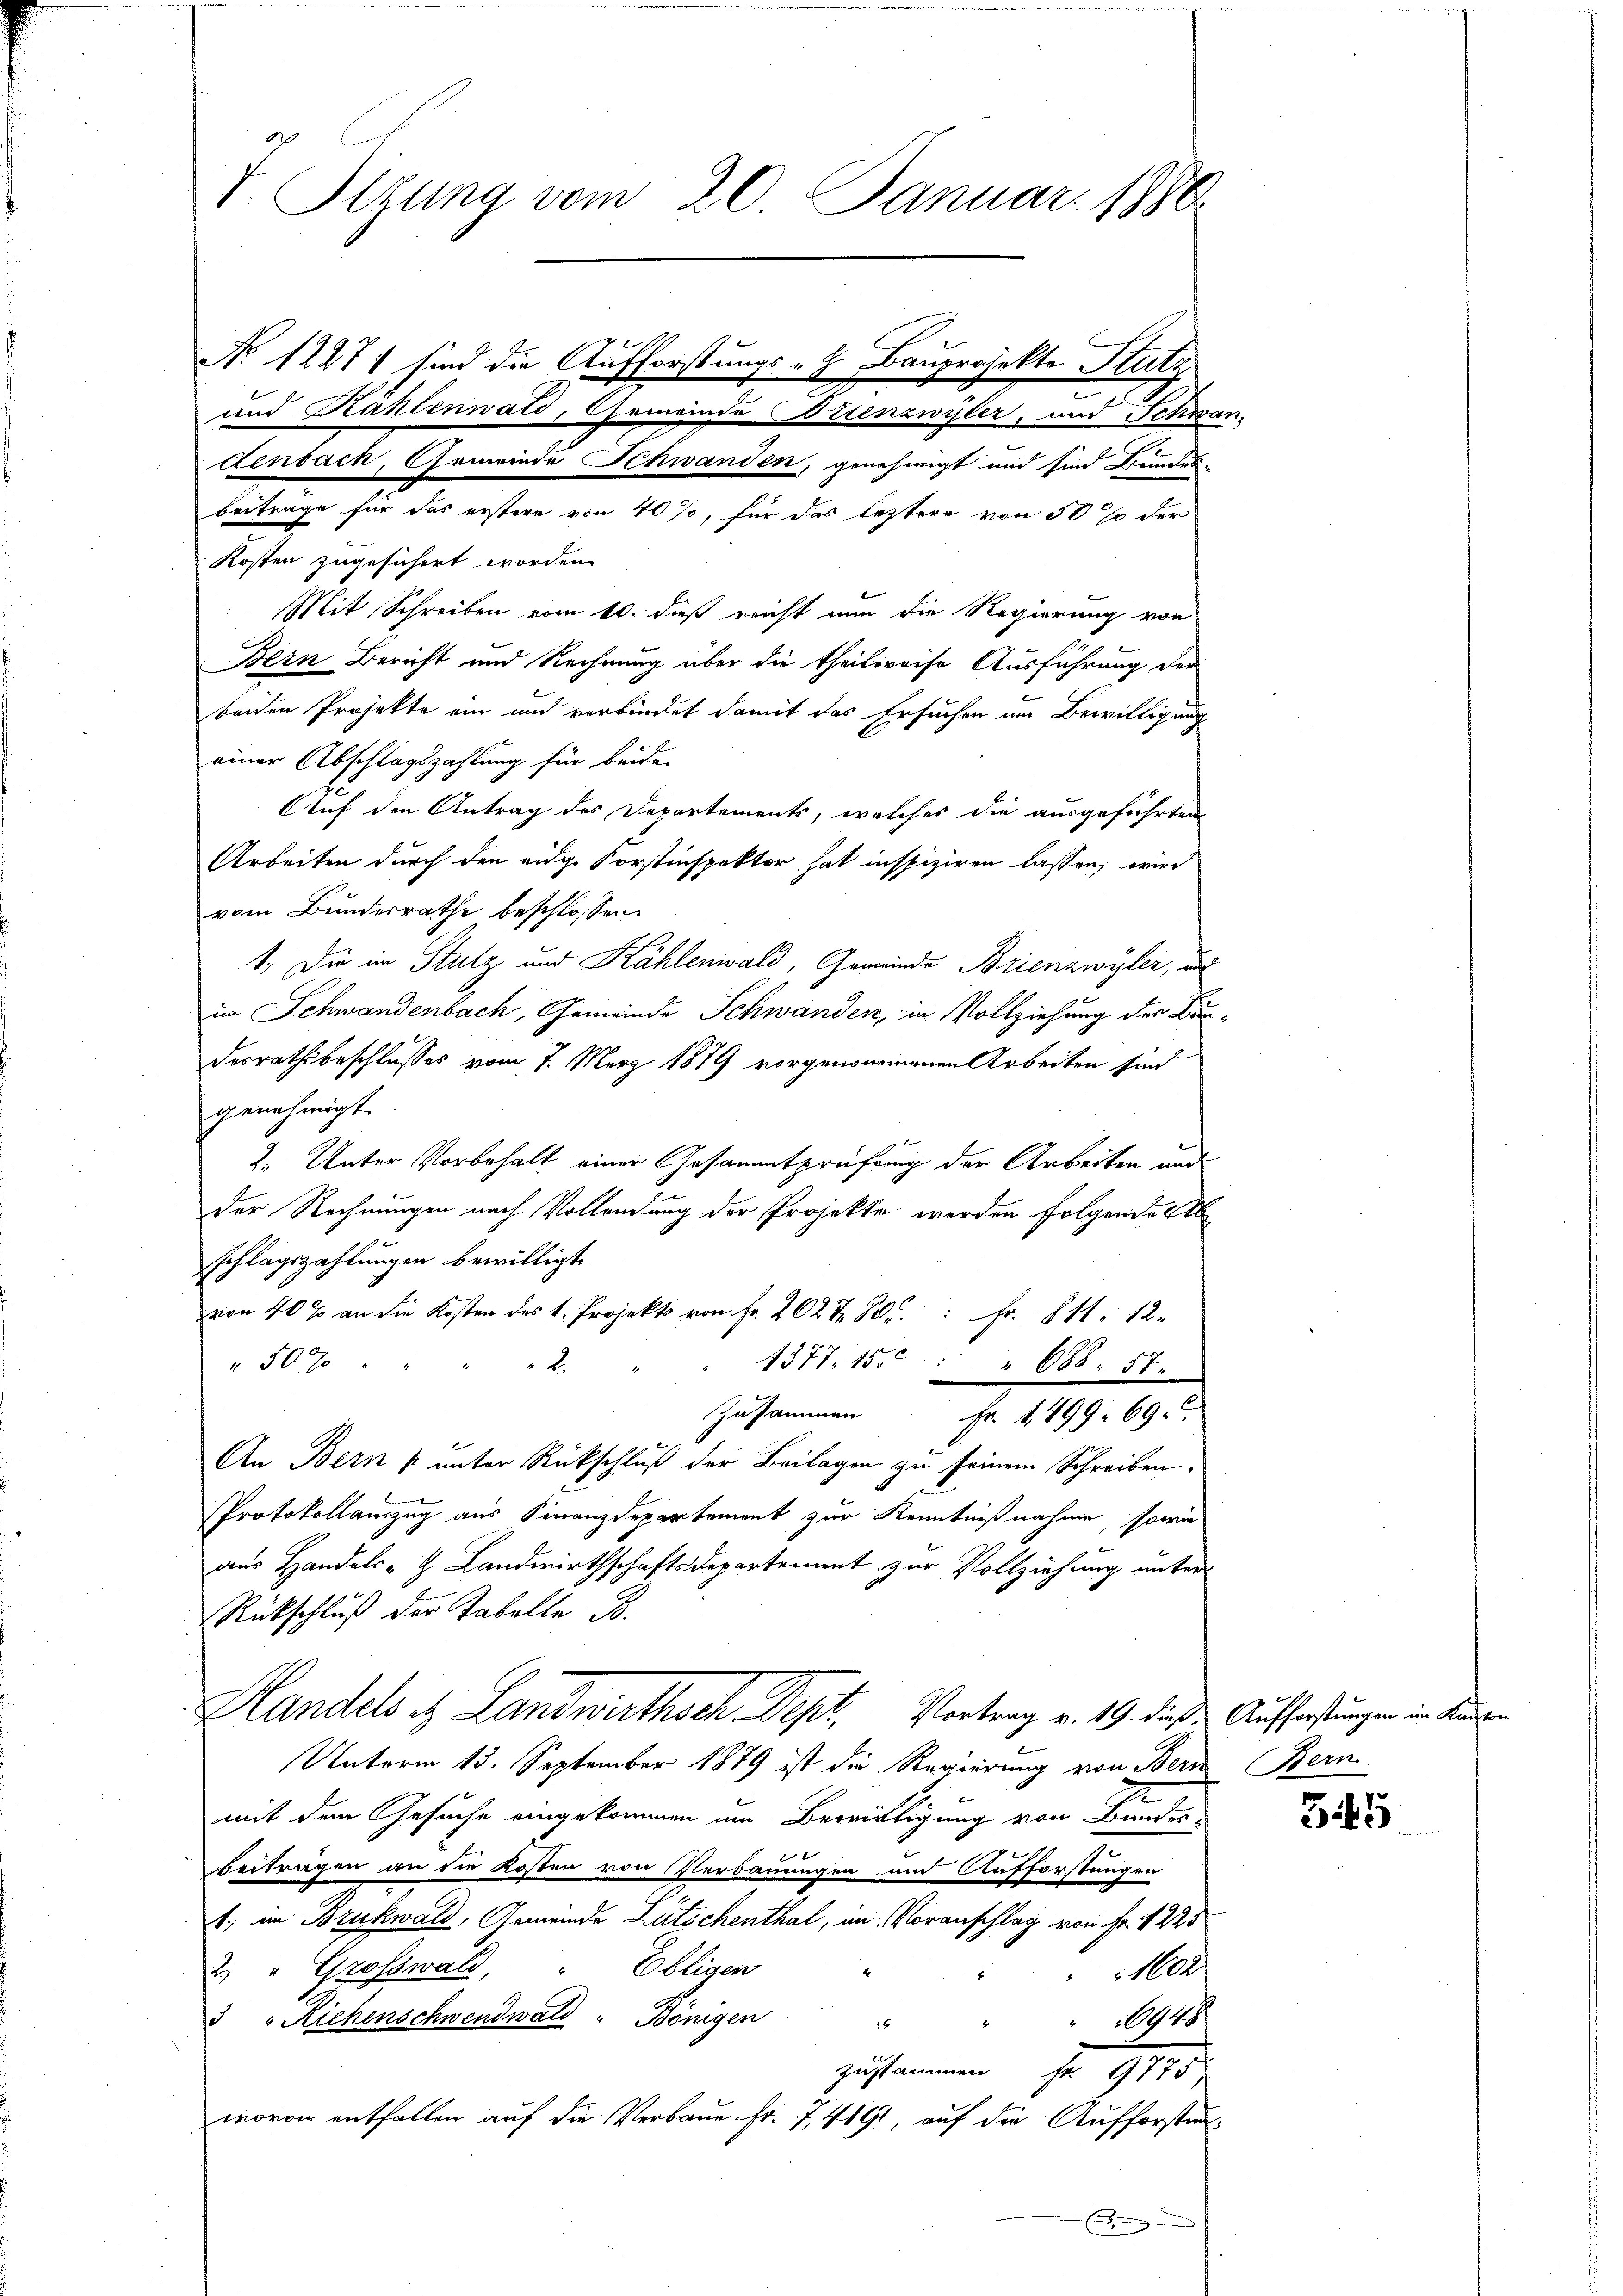
V. Otzung vom 20. Januar 1886

und Kählennati, Gemeinde Brienzwyler, und Schwan-
lenbach, Gemeinde Schwanden, genehmigt und sind Bundes-
beitrage für das erstere von 40%, für das leztere von 50 % der
Kosten zugesichert worden.
Mit Schreiben vom 10. dieß reicht nun die Regierung von
Bern Bericht und Rechnung über die theilweise Ausführung der
beiden Projekte ein und verbindet damit das Ersuchen um Bewilligung
einer Abschlagszahlung für beide
Auf den Antrag des Departements, welches die ausgeführten
Arbeiten durch den eidge Forstinspektor hat inspiziren lassen, wird
vom Bundesrathe beschlossen:
1. Die im Stutz und Kählenwald, Gemeinde Brienzwyler, und
in Schwandenbach, Gemeinde Schwanden, in Vollziehung der Bru
desrathsbeschlusses vom 7. März 1879 vorgenommenen Arbeiten sind
genehmigt.
2. Unter Vorbehalt einer Gesammtprüfung der Arbeiten und
der Rechnungen nach Vollendung der Projekte werden folgende Ab
schlagszahlungen bewilligt.
.......
500
.
1377. 15. 688. 57.
Zusammen Fr. 1499. 69.
An Bern (unter Rückschluß der Beilagen zu seinem Schreiben.
Protokollauszug aus Finanzdepartement zur Kenntnißnahme, sowie
aus Handels- & Landwirthschaftsdepartement zur Vollziehung unter
Rückschluß der Tabelle B
Handels et Landwirthsch. Sept. Vortrag v. 19. daß Aufherstungen in Kinden
Unterm 13. September 1879 ist die Regierung von Bern Bern
mit den Gesuche eingekommen um Bewirtigung von Bunden
beiträgen an die Kosten von Verbauungen und Aufforstungen
1. in Brukwald, Gemeinde Lütschenthal, im Voranschlag von Fr. 1225
2. " Grosswald, " Obligen
1602
 "Riehenschwendwald " Bönigen
 " " 948
zusammen Fr. 9775
wovon entfallen auf die Verbaue Fr. 7, 4191, auf die Aufforsten¬
Ent

No 12871 sind die Aufforstungs- Bauprojekte Stutz

345